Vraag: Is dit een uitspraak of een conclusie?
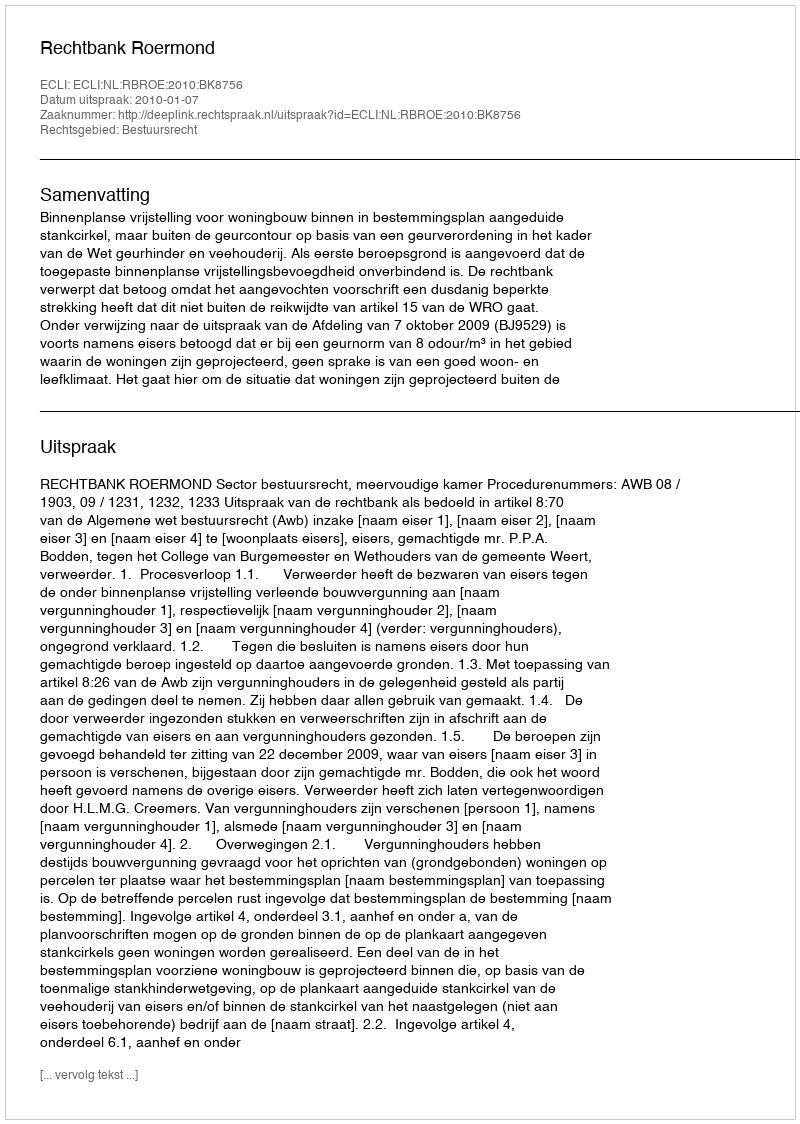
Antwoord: Uitspraak